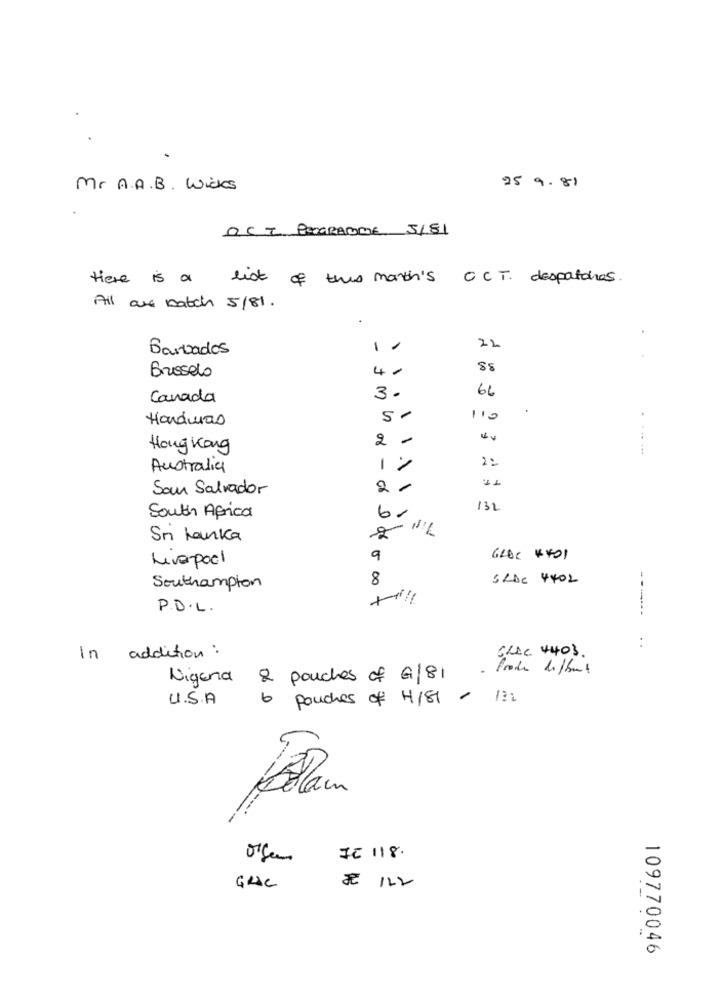
Mr. A.A. B. Wieks
25 9.81
QC 7 PORGRANDE 5/81
there is a list of this month's C CT. despatches.
Ail are batch 5/81.
Barbados
-
22
Brusselo
4.
88
66
Canada
3.
Haráwas
5 .
110
2
Hongkong
Australia
1
San Salvador
- 66
132
South Africa
Sri Lanka
2
Liverpool
9
GROC #401
8
SRDE 4402
Southampton
+
P.D.L.
-------
:
CLAC 4403.
In addition :
- Frode diffus
Nigena
2 pouches of G/81
U.S.A
6
Pouches of H/81 / 122
Blau
IC 118.
* 122
GRAC
109770046